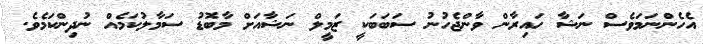
އެހެންނަމަވެސް ނަޝާ ހައިރާން ވާންޖެހުނު ސަބަބަކީ ޒަމީލް ނަޝާއަށް މާބޮޑު ސަމާލުކަމެއް ނުދިންކަމެވެ.